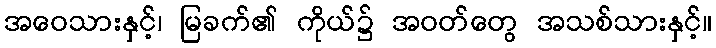
အဝေသားနှင့်၊ မြခက်၏ ကိုယ်၌ အဝတ်တွေ အသစ်သားနှင့်။